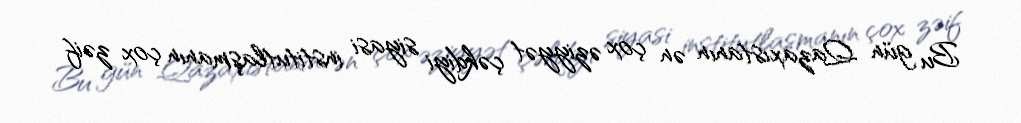
Bu gün Qazaxıstanın ən çox əziyyət çəkdiyi siyasi institutlaşmanın çox zəif